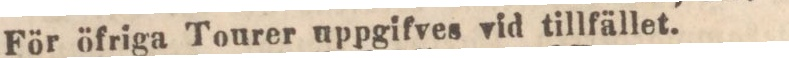
För öfriga Tourer uppgifves vid tillfället.